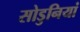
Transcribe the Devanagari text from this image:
सोडुनियां